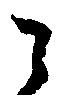
ニ